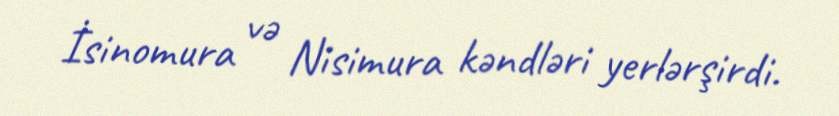
İsinomura və Nisimura kəndləri yerlərşirdi.